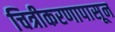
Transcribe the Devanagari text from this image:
चित्रीकरणापासून